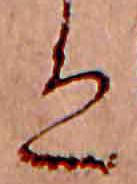
ゑ